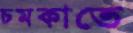
চমকাতে